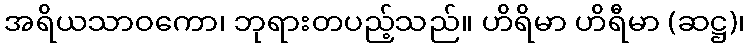
အရိယသာဝကော၊ ဘုရားတပည့်သည်။ ဟိရိမာ ဟိရီမာ (ဆဋ္ဌ)၊